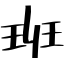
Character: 班